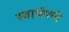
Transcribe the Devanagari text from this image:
स्वार्थपणे